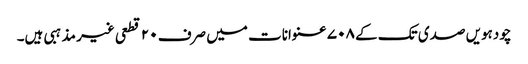
چودہویں صدی تک کے ۷۰۸ عنوانات میں صرف ۲۰ قطعی غیر مذہبی ہیں۔